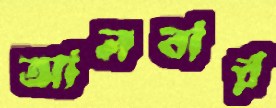
আলবার